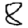
Digit: 8